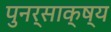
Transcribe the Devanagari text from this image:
पुनर्साक्ष्य